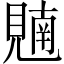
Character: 𫌢